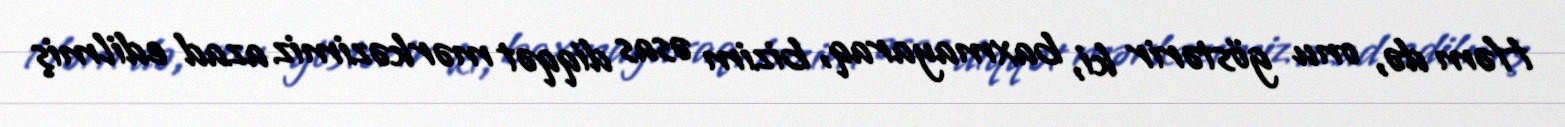
Həm də, onu göstərir ki, baxmayaraq, bizim əsas diqqət mərkəzimiz azad edilmiş